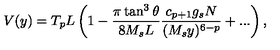
V ( y ) = T _ { p } L \left( 1 - \frac { \pi \tan ^ { 3 } \theta } { 8 M _ { s } L } \frac { c _ { p + 1 } g _ { s } N } { ( M _ { s } y ) ^ { 6 - p } } + . . . \right) ,